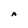
Character: A